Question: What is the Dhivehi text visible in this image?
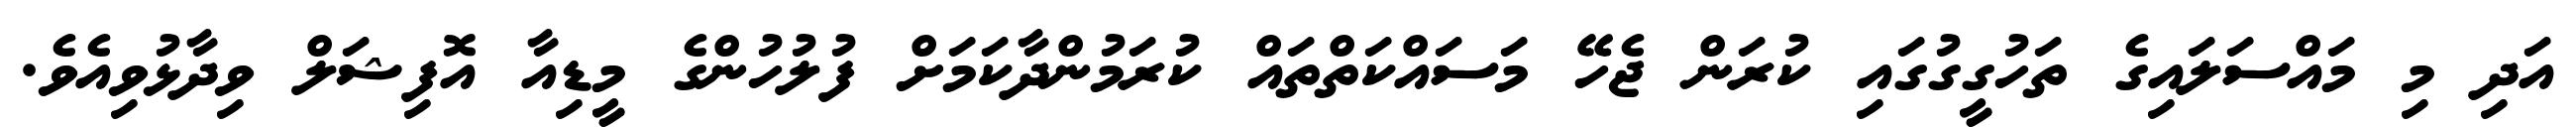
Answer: އަދި މި މައްސަލައިގެ ތަހުގީގުގައި ކުރަން ޖެހޭ މަސައްކަތްތައް ކުރަމުންދާކަމަށް ފުލުހުންގެ މީޑިއާ އޮފިޝަލް ވިދާޅުވިއެވެ.